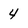
Character: 4